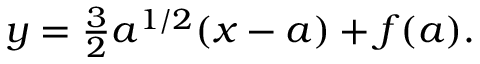
y = \textstyle { \frac { 3 } { 2 } } { a ^ { 1 / 2 } } ( x - a ) + f ( a ) .